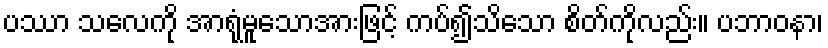
ပဿာ သလေကို အာရုံမူသောအားဖြင့် ကပ်၍သိသော စိတ်ကိုလည်း။ ပဘာဝနာ၊